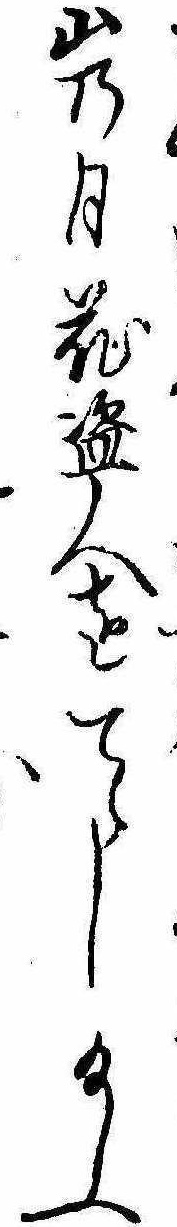
山の月花盗人をてらし給ふ